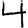
Digit: 4